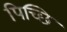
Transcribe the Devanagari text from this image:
पिच्छि